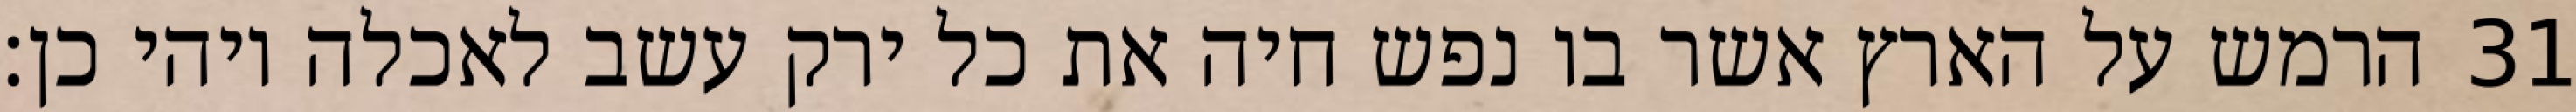
הרמש על הארץ אשר בו נפש חיה את כל ירק עשב לאכלה ויהי כן׃ ‎31‏